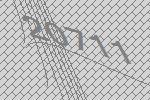
20711